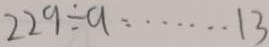
2 2 9 \div a \cdots 1 3